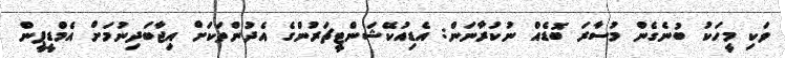
ވަކި މީހަކު ބުނެގެން މުސާރަ ބޮޑެއް ނުކުރާނަން: އެޑިއުކޭޝަންޓީޗަރުންގެ އެދުންތަކަށް އިޖާބަދިނުމަށް އެމްޑީޕީން